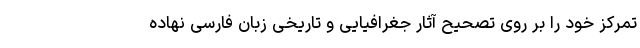
تمرکز خود را بر روی تصحیح آثار جغرافیایی و تاریخیِ زبان فارسی نهاده